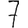
Digit: 7